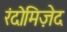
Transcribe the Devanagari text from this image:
रंदोमिज़ेद